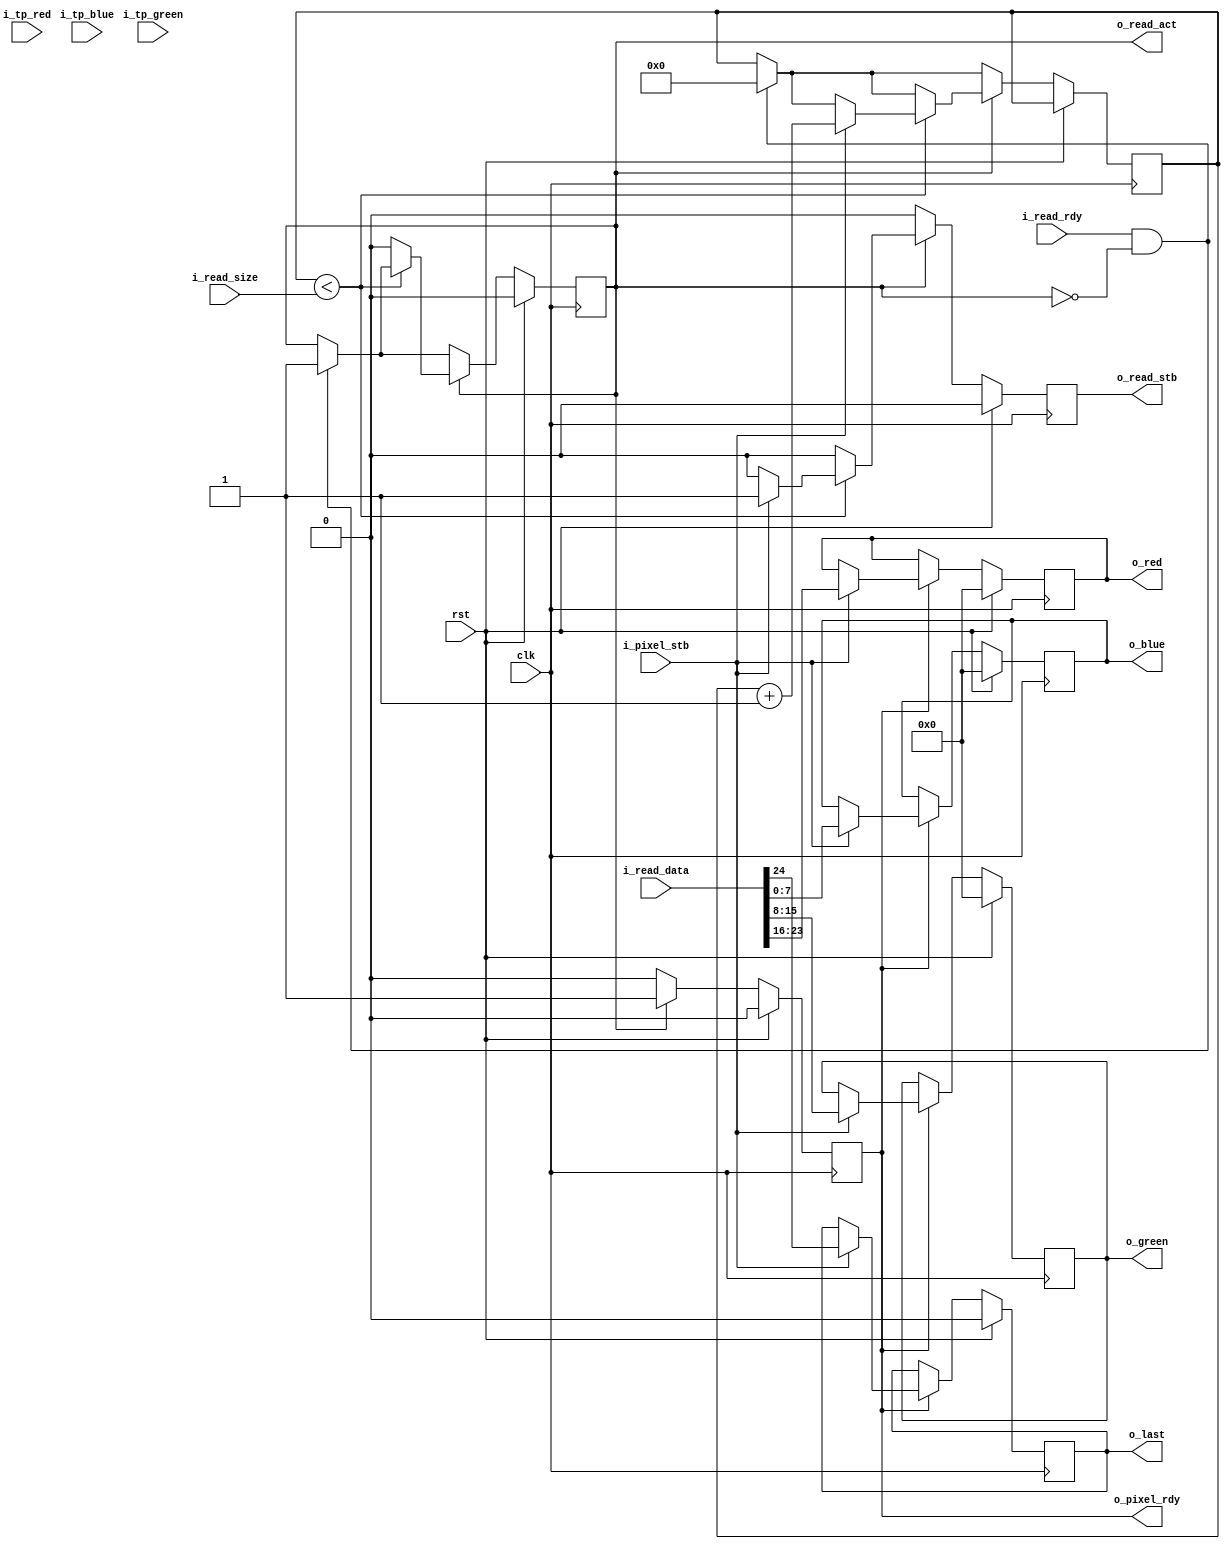
module pixel_reader (
  input                     clk,
  input                     rst,

  //FIFO interface
  input                     i_read_rdy,
  output  reg               o_read_act,
  input           [23:0]    i_read_size,
  input           [24:0]    i_read_data,
  output  reg               o_read_stb,

  //Output Pixels
  output  reg     [7:0]     o_red,
  output  reg     [7:0]     o_green,
  output  reg     [7:0]     o_blue,

  output  reg               o_pixel_rdy,
  input                     i_pixel_stb,

  //Test Generator
  input                     i_tp_red,
  input                     i_tp_blue,
  input                     i_tp_green,

  output  reg               o_last
);
//local parameters
//registes/wires

reg               [7:0]     r_next_red;
reg               [7:0]     r_next_green;
reg               [7:0]     r_next_blue;
reg               [31:0]    r_read_count;
reg                         r_tp_green;
reg                         r_tp_blue;
//submodules
//asynchronous logic
//synchronous logic

always @ (posedge clk) begin
  o_read_stb                <=  0;
  o_pixel_rdy               <=  0;
  if (rst) begin
    o_read_act              <=  0;

    o_red                   <=  0;
    o_green                 <=  0;
    o_blue                  <=  0;

    r_next_red              <=  0;
    r_next_green            <=  0;
    r_next_blue             <=  0;

    o_last                  <=  0;
  end
  else begin

    //If a FIFO is available activate it
    if (i_read_rdy && !o_read_act) begin
      r_read_count              <=  0;
      o_read_act                <=  1;
    end

    if (o_pixel_rdy) begin
      if (i_pixel_stb) begin
        o_pixel_rdy             <=  0;
        o_red                   <=  i_read_data[23:16];
        o_green                 <=  i_read_data[15:8];
        o_blue                  <=  i_read_data[7:0];
        o_last                  <=  i_read_data[24];
      end
    end

    if (o_read_act) begin
      o_pixel_rdy               <=  1;
      if (r_read_count < i_read_size) begin
        if (i_pixel_stb) begin
          r_read_count          <=  r_read_count + 1;
          o_read_stb            <=  1;
        end
      end
      else begin
        o_read_act              <=  0;
      end
    end
  end
end



endmodule